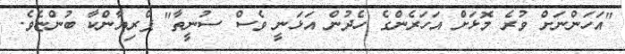
"އަހަންނަށް ވުރެ މޮޅަށް އަހަރެންގެ ހެދުން އަޅަނީ ވެސް ސުނީތާ" ޕްރިޔާންކާ ބުންޏެވެ.